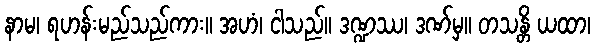
နာမ၊ ရဟန်းမည်သည်ကား။ အဟံ၊ ငါသည်။ ဒဏ္ဍဿ၊ ဒဏ်မှ။ တသန္တိ ယထာ၊